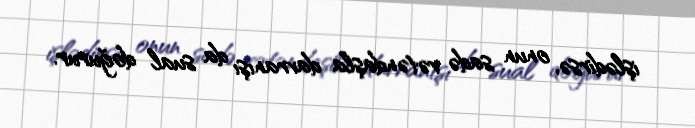
işlədirsə, onun sadə vətəndaşla davranışı da sual doğurur.